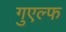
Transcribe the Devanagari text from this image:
गुएल्फ